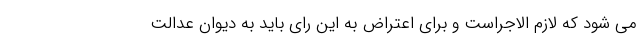
می شود که لازم الاجراست و برای اعتراض به این رای باید به دیوان عدالت